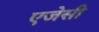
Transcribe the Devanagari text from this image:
एजेसी